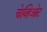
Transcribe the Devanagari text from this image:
चेव्हिओट